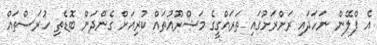
އެ ޕްލޭން ނަހަދައި ރަށްރަށުގައި ތަރައްގީގެ މަޝްރޫއުތައް ކުރިއަށް ގެންދަން ބޮޑެތި ހުރަސްތައް